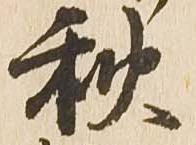
秋